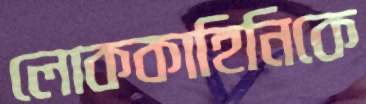
লোককাহিনিকে